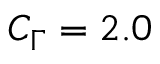
C _ { \Gamma } = 2 . 0